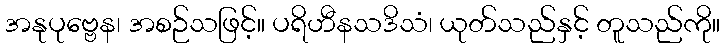
အနုပုဗ္ဗေန၊ အစဉ်သဖြင့်။ ပရိဟီနသဒိသံ၊ ယုတ်သည်နှင့် တူသည်ကို။